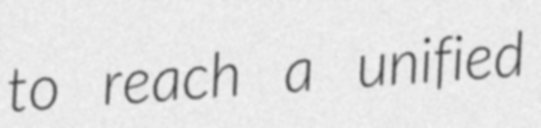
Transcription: to reach a unified